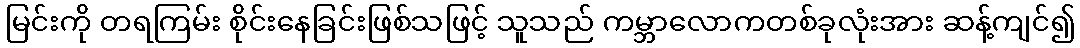
မြင်းကို တရကြမ်း စိုင်းနေခြင်းဖြစ်သဖြင့် သူသည် ကမ္ဘာလောကတစ်ခုလုံးအား ဆန့်ကျင်၍